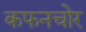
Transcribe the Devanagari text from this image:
कफनचोर